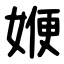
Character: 㛹